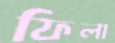
ফিলা